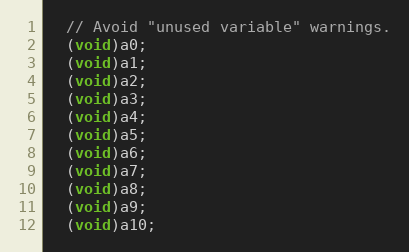
Language: C++
  // Avoid "unused variable" warnings.
  (void)a0;
  (void)a1;
  (void)a2;
  (void)a3;
  (void)a4;
  (void)a5;
  (void)a6;
  (void)a7;
  (void)a8;
  (void)a9;
  (void)a10;